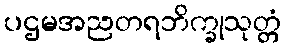
ပဌမအညတရဘိက္ခုသုတ္တံ